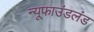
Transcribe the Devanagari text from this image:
न्यूफाउंडलंड